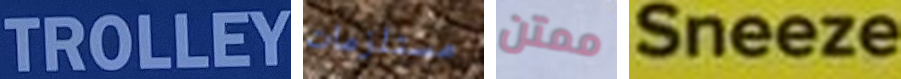
TROLLEY مستلزمات ممتن Sneeze